Mental hospitals Bombay report 1921-28 - 1921-1928
Year: 1921
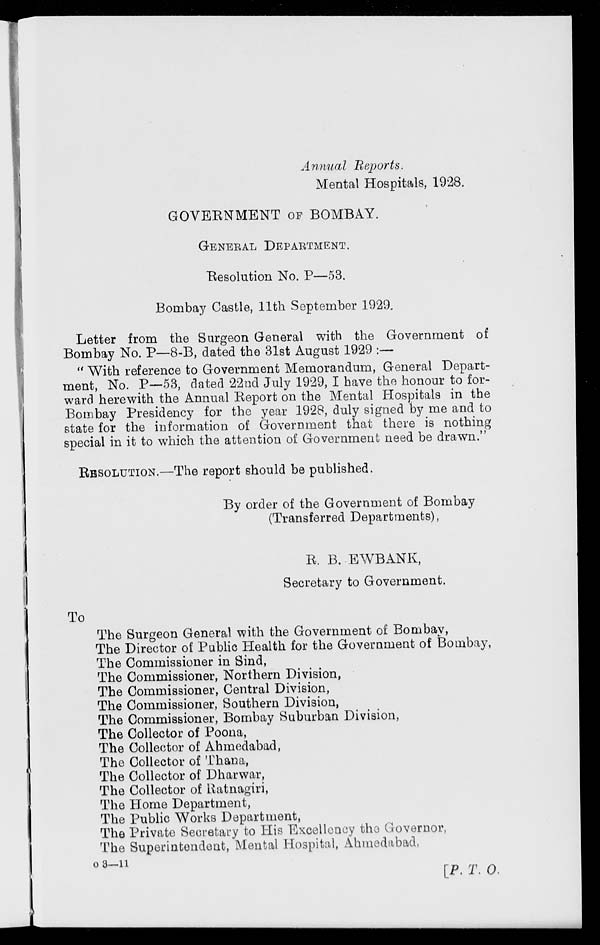
Annual Reports.
Mental Hospitals, 1928.
GOVERNMENT OF BOMBAY.
GENERAL DEPARTMENT.
Resolution No. P—53.
Bombay Castle, 11th September 1929.
Letter from the Surgeon General with the Government of
Bombay No. P—8-B, dated the 31st August 1929 :—
" With reference to Government Memorandum, General Depart-
ment, No. P—53, dated 22nd July 1929, I have the honour to for-
ward herewith the Annual Report on the Mental Hospitals in the
Bombay Presidency for the year 1928, duly signed by me and to
state for the information of Government that there is nothing
special in it to which the attention of Government need be drawn."
RESOLUTION.—The report should be published.
By order of the Government of Bombay
(Transferred Departments),
R. B. EWBANK,
Secretary to Government.
To
The Surgeon General with the Government of Bombay,
The Director of Public Health for the Government of Bombay,
The Commissioner in Sind,
The Commissioner, Northern Division,
The Commissioner, Central Division,
The Commissioner, Southern Division,
The Commissioner, Bombay Suburban Division,
The Collector of Poona,
The Collector of Ahmedabad,
The Collector of Thana,
The Collector of Dharwar,
The Collector of Ratnagiri,
The Home Department,
The Public Works Department,
The Private Secretary to His Excellency the Governor,
The Superintendent, Mental Hospital, Ahmedabad,
O 3—11
[P. T. O.